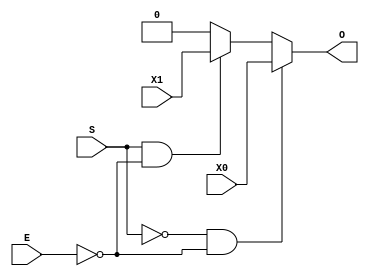
`timescale 1ns / 1ps
//////////////////////////////////////////////////////////////////////////////////
// RAHUL MEENA
// 2016UEE0088
// ASSSIGNMENT #2
// Design Name:    MODIFIED Left Right Barrel Shifter
// Module Name:    barrelshifter 
// 
//////////////////////////////////////////////////////////////////////////////////
module multx(X0,X1,S,E,O);
input  X0,X1,E;
input S;
output O;
reg O;
always @(X0,X1,S,O,E)
begin
	if(S == 1'b0 && E == 1'b0)
		O=X0;
	else if(S==1'b1 && E == 1'b0)
		O=X1;
	else O=1'b0;		
end
endmodule

module barrelshifter (A,B,R,OUT);
 input [7:0] A;
 input [2:0]B;
 input  R;
 output [7:0]OUT;
 wire [7:0] R41,R42,R4,R21,R22,R2,R11,R12,R1;
 //4bit shift right 
		multx  m0 (A[0],A[4],B[2],~R,R41[0]);
		multx  m1 (A[1],A[5],B[2],~R,R41[1]);
		multx  m2 (A[2],A[6],B[2],~R,R41[2]);
		multx  m3 (A[3],A[7],B[2],~R,R41[3]);
		multx  m4 (A[4],1'b0,B[2],~R,R41[4]);
		multx  m5 (A[5],1'b0,B[2],~R,R41[5]);
		multx  m6 (A[6],1'b0,B[2],~R,R41[6]);
		multx  m7 (A[7],1'b0,B[2],~R,R41[7]);
//4bit left shift
		multx  m8 (A[0],1'b0,B[2],R,R42[0]);
		multx  m9 (A[1],1'b0,B[2],R,R42[1]);
		multx  m10 (A[2],1'b0,B[2],R,R42[2]);
		multx  m11 (A[3],1'b0,B[2],R,R42[3]);
		multx  m12 (A[4],A[0],B[2],R,R42[4]);
		multx  m13 (A[5],A[1],B[2],R,R42[5]);
		multx  m14 (A[6],A[2],B[2],R,R42[6]);
		multx  m15 (A[7],A[3],B[2],R,R42[7]);
		assign R4 = R41 + R42;
//2bit right shift
		multx  m20 (R4[0],R4[2],B[1],~R,R21[0]);
		multx  m21 (R4[1],R4[3],B[1],~R,R21[1]);
		multx  m22 (R4[2],R4[4],B[1],~R,R21[2]);
		multx  m23 (R4[3],R4[5],B[1],~R,R21[3]);
		multx  m24 (R4[4],R4[6],B[1],~R,R21[4]);
		multx  m25 (R4[5],R4[7],B[1],~R,R21[5]);
		multx  m26 (R4[6],1'b0,B[1],~R,R21[6]);
		multx  m27 (R4[7],1'b0,B[1],~R,R21[7]);
//2bit left shift
		multx  m28 (R4[0],1'b0,B[1],R,R22[0]);
		multx  m29 (R4[1],1'b0,B[1],R,R22[1]);
		multx  m210 (R4[2],R4[0],B[1],R,R22[2]);
		multx  m211 (R4[3],R4[1],B[1],R,R22[3]);
		multx  m212 (R4[4],R4[2],B[1],R,R22[4]);
		multx  m213 (R4[5],R4[3],B[1],R,R22[5]);
		multx  m214 (R4[6],R4[4],B[1],R,R22[6]);
		multx  m215 (R4[7],R4[5],B[1],R,R22[7]);
		assign R2 = R21 + R22;
//1bit right shift
		multx  m120 (R2[0],R2[1],B[0],~R,R11[0]);
		multx  m121 (R2[1],R2[2],B[0],~R,R11[1]);
		multx  m122 (R2[2],R2[3],B[0],~R,R11[2]);
		multx  m123 (R2[3],R2[4],B[0],~R,R11[3]);
		multx  m124 (R2[4],R2[5],B[0],~R,R11[4]);
		multx  m125 (R2[5],R2[6],B[0],~R,R11[5]);
		multx  m126 (R2[6],R2[7],B[0],~R,R11[6]);
		multx  m127 (R2[7],1'b0,B[0],~R,R11[7]);
//1bit left shift
		multx  m128 (R2[0],1'b0,B[0],R,R12[0]);
		multx  m129 (R2[1],R2[0],B[0],R,R12[1]);
		multx  m1210 (R2[2],R2[1],B[0],R,R12[2]);
		multx  m1211 (R2[3],R2[2],B[0],R,R12[3]);
		multx  m1212 (R2[4],R2[3],B[0],R,R12[4]);
		multx  m1213 (R2[5],R2[4],B[0],R,R12[5]);
		multx  m1214 (R2[6],R2[5],B[0],R,R12[6]);
		multx  m1215 (R2[7],R2[6],B[0],R,R12[7]);
		assign R1 = R11 + R12;
		assign OUT = R1;
endmodule